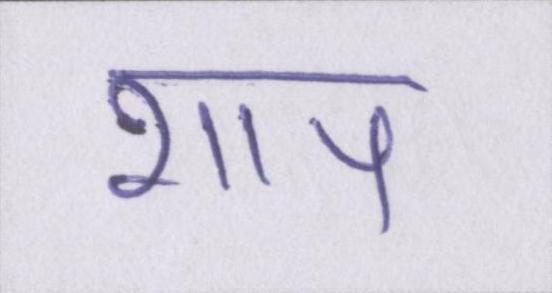
शाप